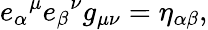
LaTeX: {e_{\alpha}}^{\mu}{e_{\beta}}^{\nu}g_{\mu\nu}=\eta_{\alpha\beta},